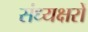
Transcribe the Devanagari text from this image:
संध्यक्षरों